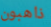
ذاهبون